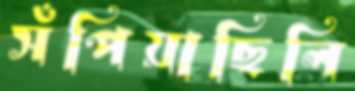
সঁপিয়াছিলি